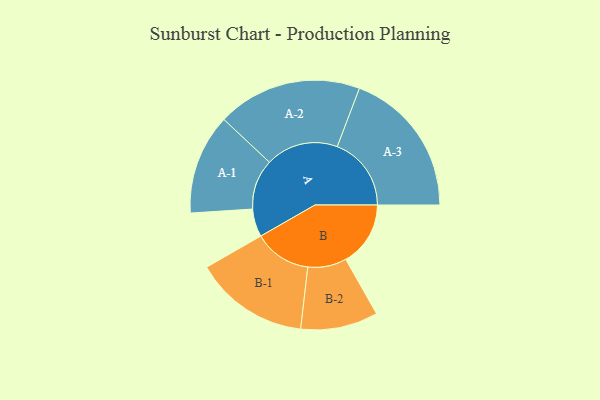
{"axis": {"x": "Segment", "y": "Value"}, "legend": ["", "A", "B"], "data": [{"x": "A", "y": 102, "type": ""}, {"x": "B", "y": 236, "type": ""}, {"x": "A-1", "y": 183, "type": "A"}, {"x": "A-2", "y": 264, "type": "A"}, {"x": "A-3", "y": 270, "type": "A"}, {"x": "B-1", "y": 209, "type": "B"}, {"x": "B-2", "y": 141, "type": "B"}]}